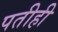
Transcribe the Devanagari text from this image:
पतीही